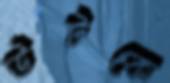
উটকে